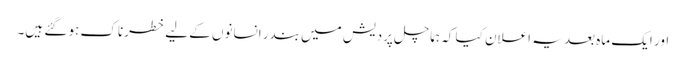
اور ایک ماہ بعد یہ اعلان کیا کہ ہماچل پردیش میں بندر انسانوں کے لیے خطرناک ہو گئے ہیں۔